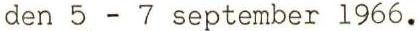
den 5 - 7 september 1966.